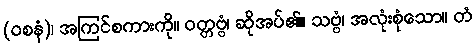
(ဝစနံ)၊ အကြင်စကားကို။ ဝတ္တဗ္ဗံ၊ ဆိုအပ်၏။ သဗ္ဗံ၊ အလုံးစုံသော။ တံ